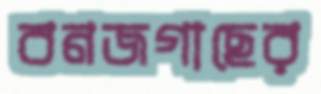
বনজগাছের